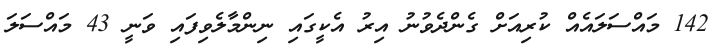
142 މައްސަލައެއް ކުރިއަށް ގެންދެވުނު އިރު އެކީގައި ނިންމާލެވިފައި ވަނީ 43 މައްސަލަ